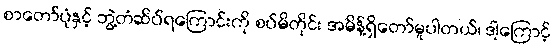
စာတော်ပုံနှင့် ဘွဲ့တံဆိပ်ရကြောင်းကို စပ်မိတိုင်း အမိန့်ရှိတော်မူပါတယ်၊ ဒါ့ကြောင့်